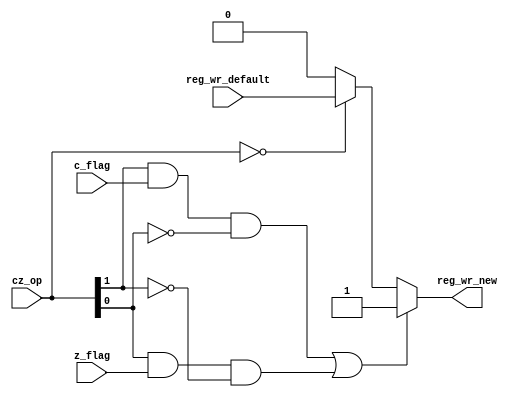
module cz_decide (cz_op,c_flag,z_flag,reg_wr_default,reg_wr_new);

input [1:0] cz_op;
input c_flag,z_flag,reg_wr_default;
output reg reg_wr_new;

//assign reg_wr_new = ( (cz_op[1] && c_flag && !cz_op[0]) || (cz_op[0] && z_flag && !cz_op[1]) )? 1 : (cz_op==2'b00)? reg_wr_default : 0;

always @(*)
begin

if( (cz_op[1] && c_flag && !cz_op[0]) || (cz_op[0] && z_flag && !cz_op[1]) )
reg_wr_new = 1;
else if(cz_op==2'b00)
reg_wr_new = reg_wr_default;
else reg_wr_new = 0;

end

endmodule